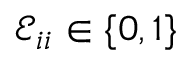
\mathcal { E } _ { i i } \in \{ 0 , 1 \}